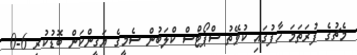
މެޗުގެ ފުރަތަމަ ހާފުގައި ކުވޭތު ސްޕޯޓްސް ކްލަބުން ސެމީގެ ޔަގީންކަން ބޮޑުކުރީ 6-0